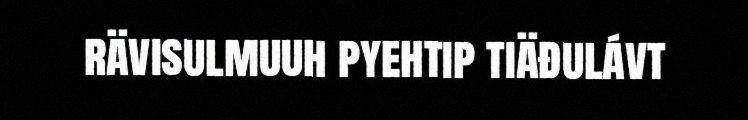
rävisulmuuh pyehtip tiäđulávt